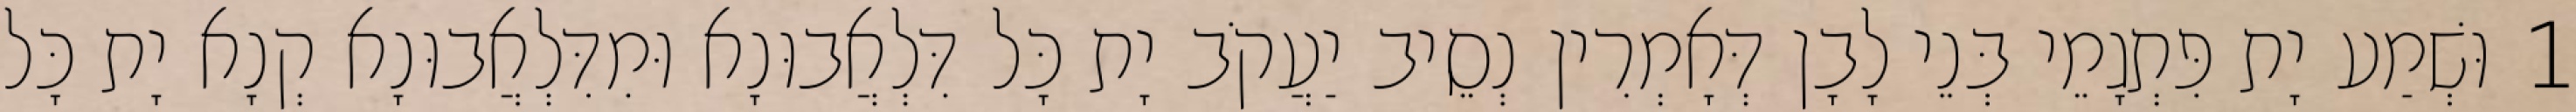
1 וּשְׁמַע יָת פִּתְגָמֵי בְּנֵי לָבָן דְּאָמְרִין נְסֵיב יַעֲקֹב יָת כָּל דִּלְאֲבוּנָא וּמִדִּלְאֲבוּנָא קְנָא יָת כָּל